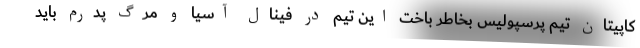
کاپیتان تیم پرسپولیس بخاطر باخت این تیم در فینال آسیا و مرگ پدرم باید